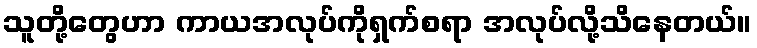
သူတို့တွေဟာ ကာယအလုပ်ကိုရှက်စရာ အလုပ်လို့သိနေတယ်။